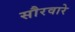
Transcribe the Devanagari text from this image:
सौरवारे